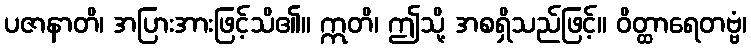
ပဇာနာတိ၊ အပြားအားဖြင့်သိ၏။ ဣတိ၊ ဤသို့ အစရှိသည်ဖြင့်။ ဝိတ္ထာရေတဗ္ဗံ၊